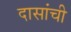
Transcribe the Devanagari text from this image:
दासांची